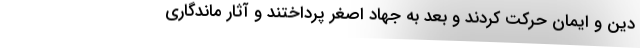
دین و ایمان حرکت کردند و بعد به جهاد اصغر پرداختند و آثار ماندگاری